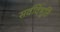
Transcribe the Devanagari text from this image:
सर्वविभूति